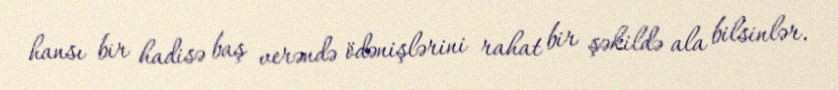
hansı bir hadisə baş verəndə ödənişlərini rahat bir şəkildə ala bilsinlər.